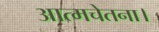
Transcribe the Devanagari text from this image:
आत्मचेतना।